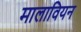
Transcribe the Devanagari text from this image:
मालावियन